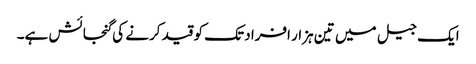
ایک جیل میں تین ہزار افراد تک کو قید کرنے کی گنجائش ہے۔